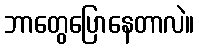
ဘာတွေပြောနေတာလဲ။